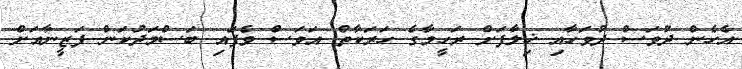
އެހެން ދުވަސް ދުވަހާއި ޚިލާފަށް ރަހީމާގެ ހަރަކާތް އަވަސް ވެފައި ބަސްމަދުކަން ފަޒީނާއަށް